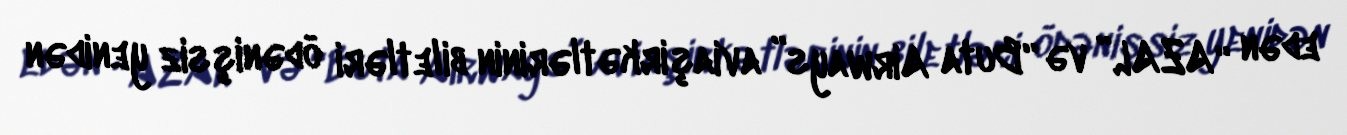
edən “AZAL” və “Buta Airways” aviaşirkətlərinin biletləri ödənişsiz yenidən